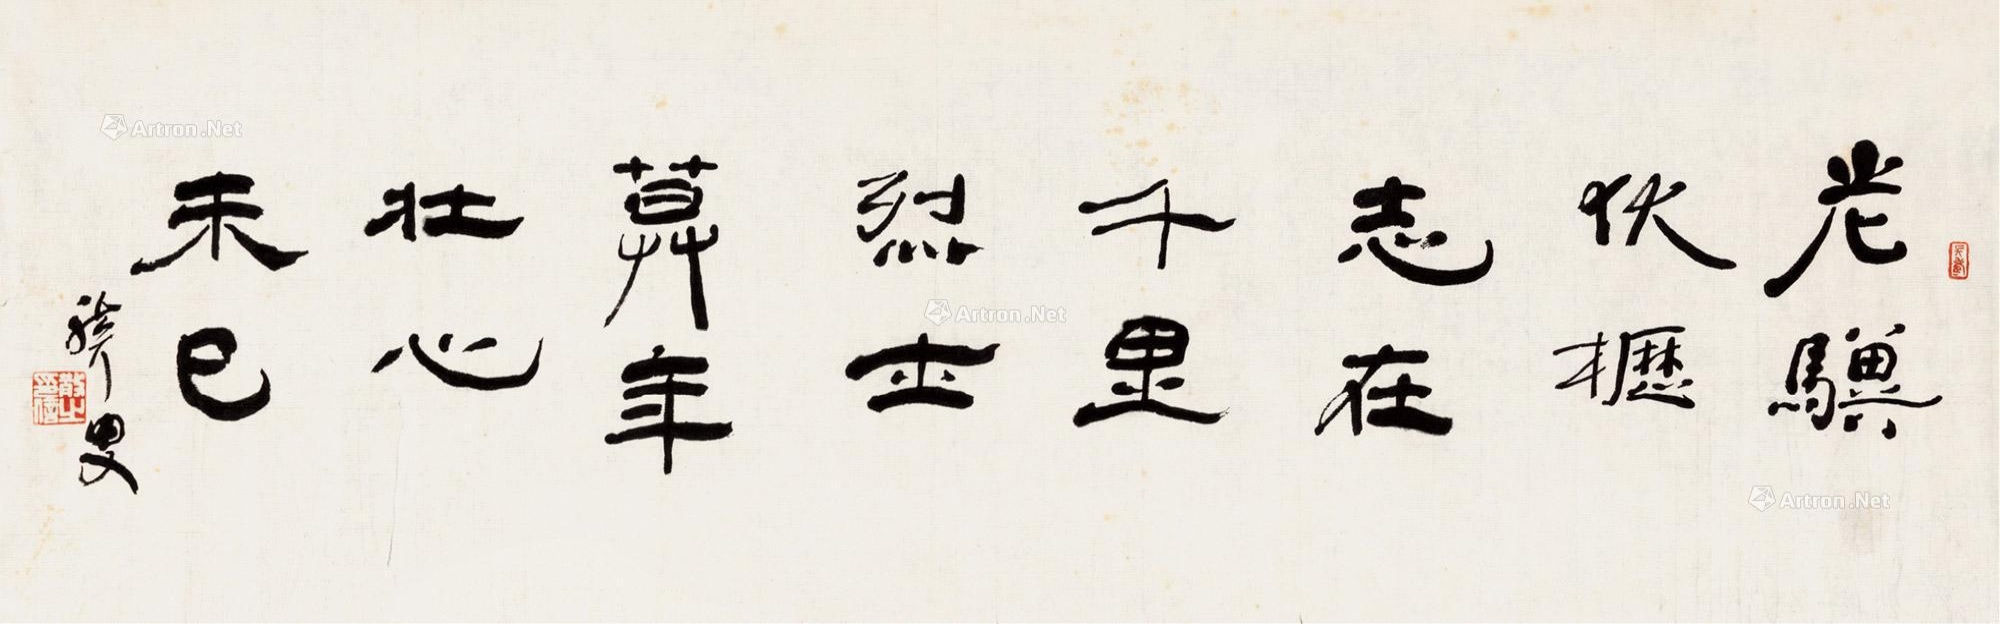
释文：老骥伏枥，志在千里；烈士暮年，壮心不已。散耳叟。